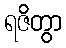
ရဇိတွာ